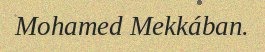
Mohamed Mekkában.